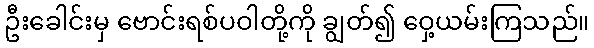
ဦးခေါင်းမှ ဗောင်းရစ်ပဝါတို့ကို ချွတ်၍ ဝှေ့ယမ်းကြသည်။